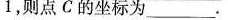
1$$，则点C的坐标为___.